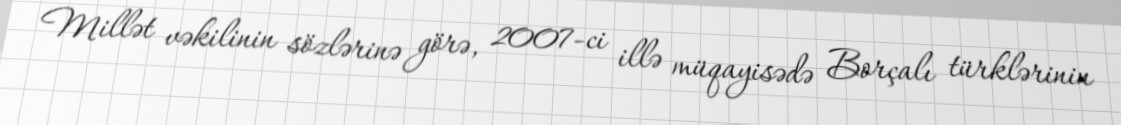
Millət vəkilinin sözlərinə görə, 2007-ci illə müqayisədə Borçalı türklərinin